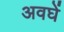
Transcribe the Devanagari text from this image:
अवघें